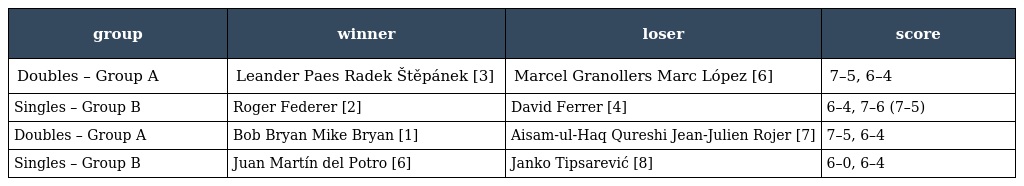
| group | winner | loser | score |
 | --- | --- | --- | --- |
 | Doubles – Group A | Leander Paes Radek Štěpánek [3] | Marcel Granollers Marc López [6] | 7–5, 6–4 |
 | Singles – Group B | Roger Federer [2] | David Ferrer [4] | 6–4, 7–6 (7–5) |
 | Doubles – Group A | Bob Bryan Mike Bryan [1] | Aisam-ul-Haq Qureshi Jean-Julien Rojer [7] | 7–5, 6–4 |
 | Singles – Group B | Juan Martín del Potro [6] | Janko Tipsarević [8] | 6–0, 6–4 |